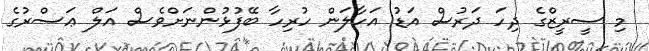
މި ސީރީޒްގެ ދިހަ ދަރުސް އަޑު އަހާލަން ހުރިހާ ބޭފުޅުންނަށްވެސް އަލް ޢަސްރުގެ